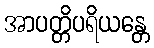
အာပတ္တိပရိယန္တေ